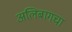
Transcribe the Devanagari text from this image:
अलिबागचा